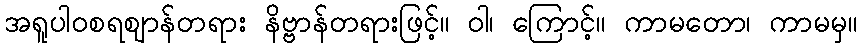
အရူပါဝစရဈာန်တရား နိဗ္ဗာန်တရားဖြင့်။ ဝါ၊ ကြောင့်။ ကာမတော၊ ကာမမှ။